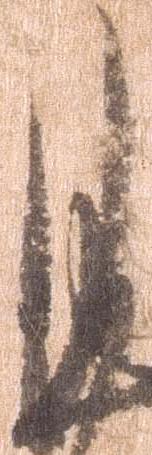
月